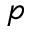
p